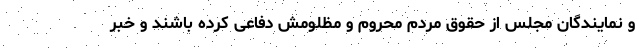
و نمایندگان مجلس از حقوق مردم محروم و مظلومش دفاعی کرده باشند و خبر